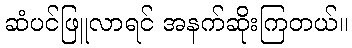
ဆံပင်ဖြူလာရင် အနက်ဆိုးကြတယ်။